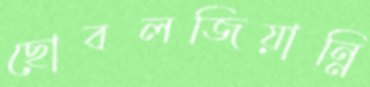
ছোবলজিয়ান্নি